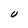
Character: U